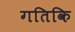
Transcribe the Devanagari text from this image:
गतिकि